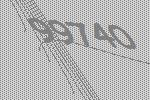
99740